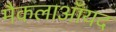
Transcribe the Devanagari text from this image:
मैकलाऑयद